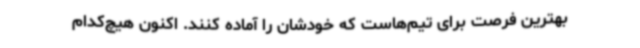
بهترین فرصت برای تیم‌هاست که خودشان را آماده کنند. اکنون هیچ‌کدام